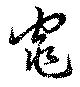
窕